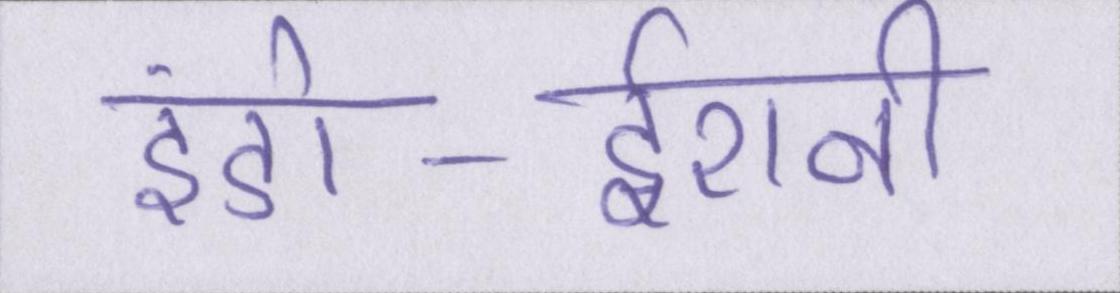
इंडो-ईरानी